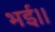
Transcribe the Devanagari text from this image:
भई।।